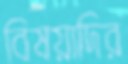
বিষয়াদির